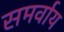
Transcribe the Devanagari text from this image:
समर्वाय